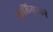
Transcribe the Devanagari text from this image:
कलियुगाने